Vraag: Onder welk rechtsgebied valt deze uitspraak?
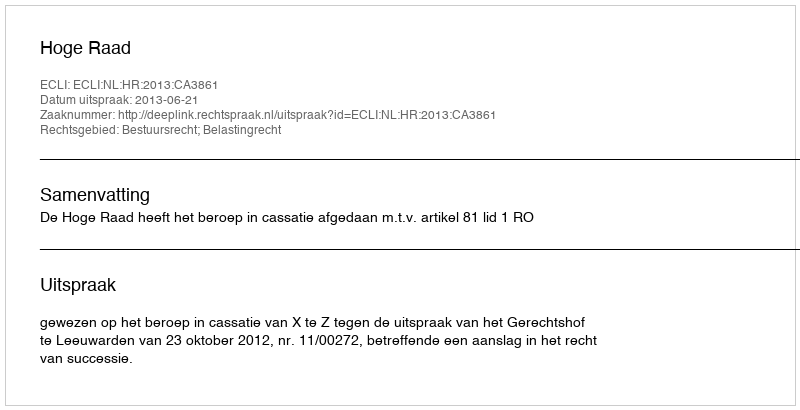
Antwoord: Bestuursrecht; Belastingrecht